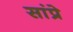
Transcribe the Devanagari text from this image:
सांप्रे